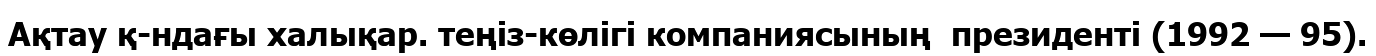
Ақтау қ-ндағы халықар. теңіз-көлігі компаниясының  президенті (1992 — 95).